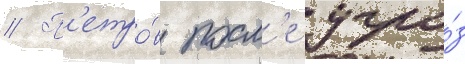
// П'етро́в посл'е угро́з